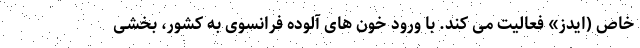
خاص (ایدز» فعالیت می کند. با ورود خون های آلوده فرانسوی به کشور، بخشی